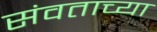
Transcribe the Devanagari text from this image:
संवताच्या